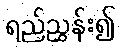
ရည်ညွှန်း၍